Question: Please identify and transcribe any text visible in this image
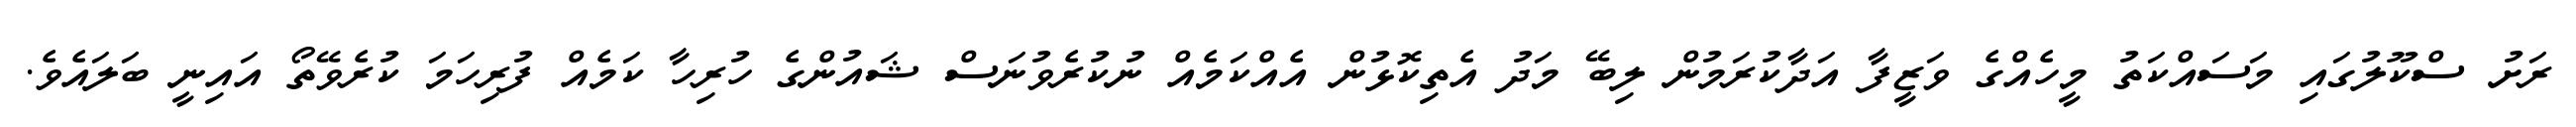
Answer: ރަށު ސްކޫލުގައި މަސައްކަތު މީހެއްގެ ވަޒީފާ އަދާކުރަމުން ލިބޭ މަދު އެތިކޮޅުން އެއްކަމެއް ނުކުރެވުނަސް ޝައުންގެ ހުރިހާ ކަމެއް ފުރިހަމަ ކުރެވޭތޯ އައިނީ ބަލައެވެ.